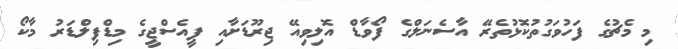
މި މެޗުގެ ފަހުވަގުތުކޮޅުތެރޭ އާސެނަލްގެ ފޯވާޑް އޮލިވިއޭ ޖިރޫޑަށާއި ޕީއެސްޖީގެ މިޑްފިލްޑަރު މާކޯ